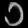
Digit: ၁